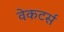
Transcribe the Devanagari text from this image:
वेकटर्स